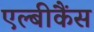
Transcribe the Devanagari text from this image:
एल्‍बीकैंस